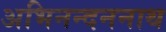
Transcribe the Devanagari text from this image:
अभिनन्दननाथ